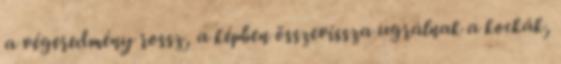
a végeredmény rossz, a képben összevissza ugrálnak a kockák,